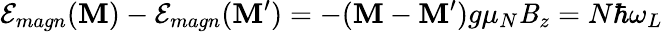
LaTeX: \mathcal{E}_{magn}(\mathbf{M})-\mathcal{E}_{magn}(\mathbf{M}^{\prime})=-(\mathbf{M}-\mathbf{M}^{\prime})g\mu_{N}\mathit{B}_{z}=N\hbar\omega_{L}